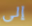
إلى